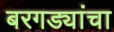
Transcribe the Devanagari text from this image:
बरगड्यांचा